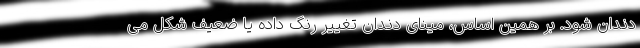
دندان شود. بر همین اساس، مینای دندان تغییر رنگ داده یا ضعیف شکل می